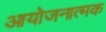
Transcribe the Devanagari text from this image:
आयोजनात्मक